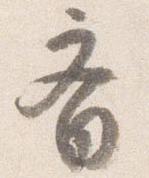
斎